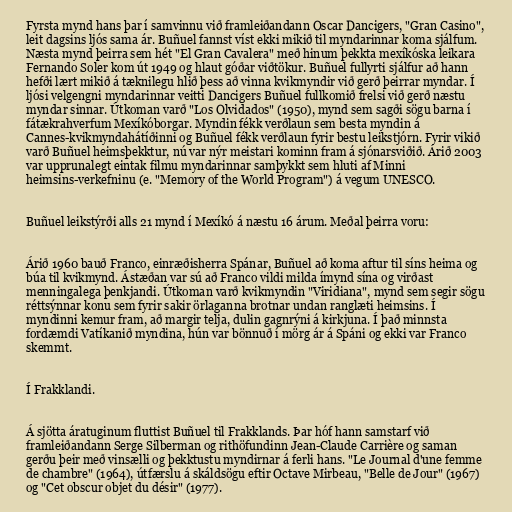
Fyrsta mynd hans þar í samvinnu við framleiðandann Oscar Dancigers, "Gran Casino",
leit dagsins ljós sama ár. Buñuel fannst víst ekki mikið til myndarinnar koma sjálfum.
Næsta mynd þeirra sem hét "El Gran Cavalera" með hinum þekkta mexíkóska leikara
Fernando Soler kom út 1949 og hlaut góðar viðtökur. Buñuel fullyrti sjálfur að hann
hefði lært mikið á tæknilegu hlið þess að vinna kvikmyndir við gerð þeirrar myndar. Í
ljósi velgengni myndarinnar veitti Dancigers Buñuel fullkomið frelsi við gerð næstu
myndar sinnar. Útkoman varð "Los Olvidados" (1950), mynd sem sagði sögu barna í
fátækrahverfum Mexíkóborgar. Myndin fékk verðlaun sem besta myndin á
Cannes-kvikmyndahátíðinni og Buñuel fékk verðlaun fyrir bestu leikstjórn. Fyrir vikið
varð Buñuel heimsþekktur, nú var nýr meistari kominn fram á sjónarsviðið. Árið 2003
var upprunalegt eintak filmu myndarinnar samþykkt sem hluti af Minni
heimsins-verkefninu (e. "Memory of the World Program") á vegum UNESCO.

Buñuel leikstýrði alls 21 mynd í Mexíkó á næstu 16 árum. Meðal þeirra voru:

Árið 1960 bauð Franco, einræðisherra Spánar, Buñuel að koma aftur til síns heima og
búa til kvikmynd. Ástæðan var sú að Franco vildi milda ímynd sína og virðast
menningalega þenkjandi. Útkoman varð kvikmyndin "Viridiana", mynd sem segir sögu
réttsýnnar konu sem fyrir sakir örlaganna brotnar undan ranglæti heimsins. Í
myndinni kemur fram, að margir telja, dulin gagnrýni á kirkjuna. Í það minnsta
fordæmdi Vatíkanið myndina, hún var bönnuð í mörg ár á Spáni og ekki var Franco
skemmt.

Í Frakklandi.

Á sjötta áratuginum fluttist Buñuel til Frakklands. Þar hóf hann samstarf við
framleiðandann Serge Silberman og rithöfundinn Jean-Claude Carrière og saman
gerðu þeir með vinsælli og þekktustu myndirnar á ferli hans. "Le Journal d'une femme
de chambre" (1964), útfærslu á skáldsögu eftir Octave Mirbeau, "Belle de Jour" (1967)
og "Cet obscur objet du désir" (1977).